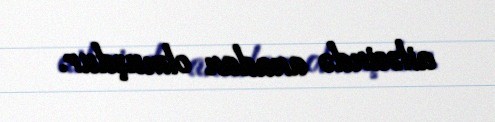
ailəsində anadan olmuşdur.